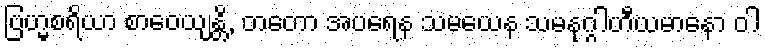
ဗြဟ္မစရိယာ စာဝေယျန္တိ, တတော အပရေန သမယေန သမနုဂ္ဂါဟီယမာနော ဝါ